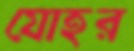
যোহর